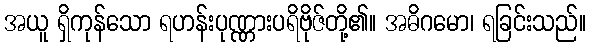
အယူ ရှိကုန်သော ရဟန်းပုဏ္ဏားပရိဗိုဇ်တို့၏။ အဓိဂမော၊ ရခြင်းသည်။